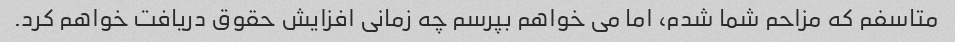
متاسفم که مزاحم شما شدم، اما می خواهم بپرسم چه زمانی افزایش حقوق دریافت خواهم کرد.